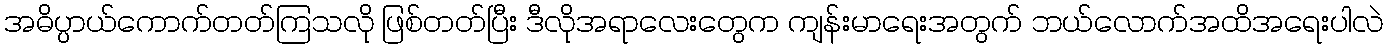
အဓိပ္ပာယ်ကောက်တတ်ကြသလို ဖြစ်တတ်ပြီး ဒီလိုအရာလေးတွေက ကျန်းမာရေးအတွက် ဘယ်လောက်အထိအရေးပါလဲ